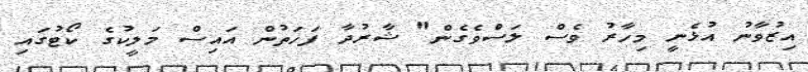
އިޒުވާނު އުޅެނީ މިހާރު ވެސް ލަސްވެގެން" ޝާރުދާ ފަހަތުން އައިސް މަލީކުގެ ކޯޓުގައި